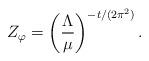
LaTeX: \begin{align*}Z_\varphi=\left(\frac{\Lambda}{\mu}\right)^{-t/(2\pi^2)}.\end{align*}